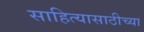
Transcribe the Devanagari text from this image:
साहित्यासाठीच्या